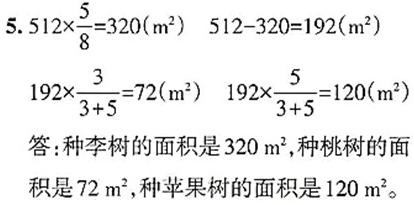
5. $512\times\frac{5}{8}=320(\text{m}^2)$ $512 - 320 = 192(\text{m}^2)$

$192\times\frac{3}{3 + 5}=72(\text{m}^2)$ $192\times\frac{5}{3 + 5}=120(\text{m}^2)$

答：种李树的面积是$320\text{ m}^2$，种桃树的面积是$72\text{ m}^2$，种苹果树的面积是$120\text{ m}^2$。